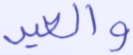
والعير